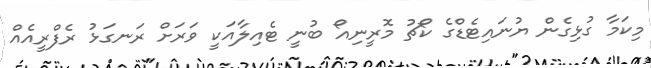
މިކަމާ ގުޅިގެން ޔުނައިޓެޑްގެ ކޯޗު މޮރީނިއޯ ބުނީ ޓެއިލާއަކީ ވަރަށް ރަނގަޅު ރެފްރީއެއް